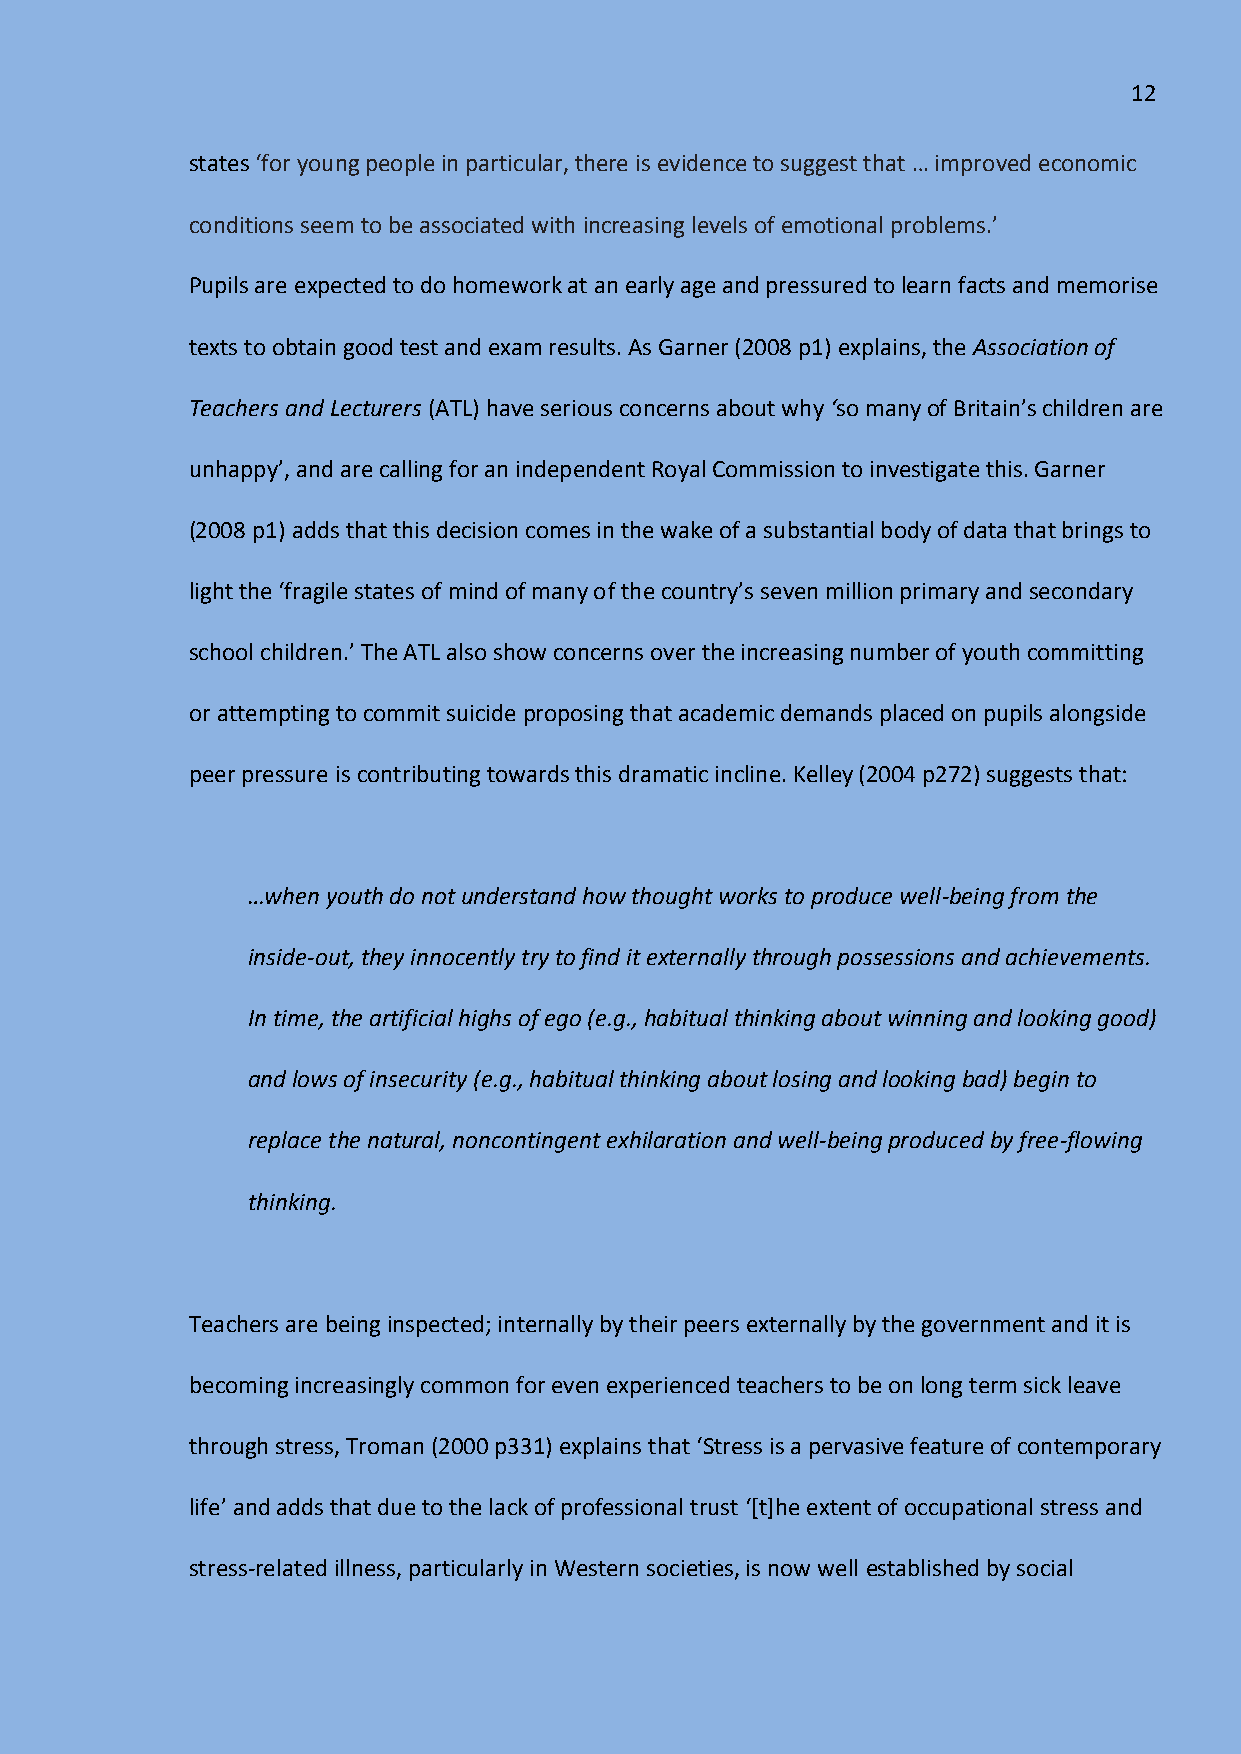
12
 states ‘for young people in particular, there is evidence to suggest that … improved economic
 conditions seem to be associated with increasing levels of emotional problems.’
 Pupils are expected to do homework at an early age and pressured to learn facts and memorise
 texts to obtain good test and exam results. As Garner (2008 p1) explains, the Association of
 Teachers and Lecturers (ATL) have serious concerns about why ‘so many of Britain’s children are
 unhappy’, and are calling for an independent Royal Commission to investigate this. Garner
 (2008 p1) adds that this decision comes in the wake of a substantial body of data that brings to
 light the ‘fragile states of mind of many of the country’s seven million primary and secondary
 school children.’ The ATL also show concerns over the increasing number of youth committing
 or attempting to commit suicide proposing that academic demands placed on pupils alongside
 peer pressure is contributing towards this dramatic incline. Kelley (2004 p272) suggests that:
 …when youth do not understand how thought works to produce well-being from the
 inside-out, they innocently try to find it externally through possessions and achievements.
 In time, the artificial highs of ego (e.g., habitual thinking about winning and looking good)
 and lows of insecurity (e.g., habitual thinking about losing and looking bad) begin to
 replace the natural, noncontingent exhilaration and well-being produced by free-flowing
 thinking.
 Teachers are being inspected; internally by their peers externally by the government and it is
 becoming increasingly common for even experienced teachers to be on long term sick leave
 through stress, Troman (2000 p331) explains that ‘Stress is a pervasive feature of contemporary
 life’ and adds that due to the lack of professional trust ‘*t+he extent of occupational stress and
 stress-related illness, particularly in Western societies, is now well established by social